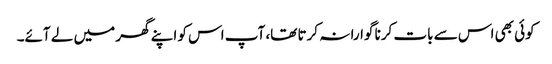
کوئی بھی اس سے بات کرنا گوارا نہ کرتا تھا، آپ اس کو اپنے گھر میں لے آئے۔